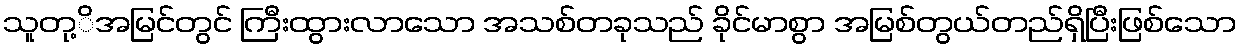
သူတု့ိအမြင်တွင် ကြီးထွားလာသော အသစ်တခုသည် ခိုင်မာစွာ အမြစ်တွယ်တည်ရှိပြီးဖြစ်သော